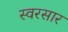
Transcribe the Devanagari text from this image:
स्वरसार